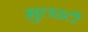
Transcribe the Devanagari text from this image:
मुलहटी